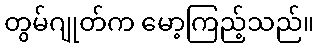
တွမ်ဂျုတ်က မော့ကြည့်သည်။